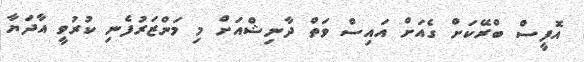
އޮފީސް ބްރޭކަށް ގެއަށް އައިސް ވަތް ދާާނިޝްއަށް މި މަންޒަރުފެނި ކުރުވީ އާދަޔާ